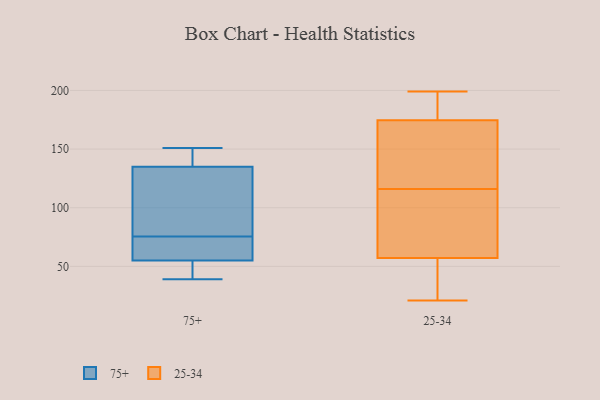
{"axis": {"x": "LTV (USD)", "y": "Value"}, "legend": ["25-34", "75+"], "data": [{"x": "", "y": 137, "type": "75+"}, {"x": "", "y": 151, "type": "75+"}, {"x": "", "y": 47, "type": "75+"}, {"x": "", "y": 64, "type": "75+"}, {"x": "", "y": 39, "type": "75+"}, {"x": "", "y": 141, "type": "75+"}, {"x": "", "y": 59, "type": "75+"}, {"x": "", "y": 51, "type": "75+"}, {"x": "", "y": 77, "type": "75+"}, {"x": "", "y": 125, "type": "75+"}, {"x": "", "y": 133, "type": "75+"}, {"x": "", "y": 74, "type": "75+"}, {"x": "", "y": 199, "type": "25-34"}, {"x": "", "y": 170, "type": "25-34"}, {"x": "", "y": 111, "type": "25-34"}, {"x": "", "y": 116, "type": "25-34"}, {"x": "", "y": 21, "type": "25-34"}, {"x": "", "y": 130, "type": "25-34"}, {"x": "", "y": 151, "type": "25-34"}, {"x": "", "y": 96, "type": "25-34"}, {"x": "", "y": 73, "type": "25-34"}, {"x": "", "y": 192, "type": "25-34"}, {"x": "", "y": 45, "type": "25-34"}, {"x": "", "y": 176, "type": "25-34"}, {"x": "", "y": 52, "type": "25-34"}, {"x": "", "y": 183, "type": "25-34"}, {"x": "", "y": 45, "type": "25-34"}]}